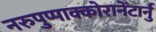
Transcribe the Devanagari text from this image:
नरुपुप्पाक्कोरानेंटार्नु